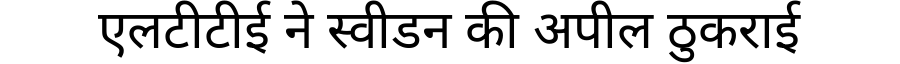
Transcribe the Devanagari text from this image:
एलटीटीई ने स्वीडन की अपील ठुकराई